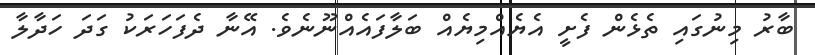
ބާރު މިނުގައި ތެޅެން ފެށީ އެޔެއްމިޔެއް ބަލާފައެއްނޫނެވެ. އޭނާ ދެފަހަރަކު ގަދަ ހަދާލާ